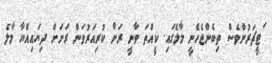
ަޓީޗަރުންވެސް ތިބެންޖެހެނީ މާލެގައި. ކީއްތަ ވާނީ ރަށް ކުރިއަރުވަން ރަށަށް ދިޔައިއްޔާ މާލެ